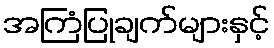
အကြံပြုချက်များနှင့်